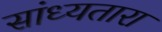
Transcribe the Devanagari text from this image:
सांध्यतारा